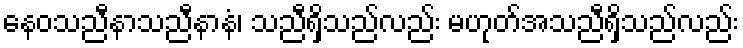
နေဝသညီနာသညီနာနံ၊ သညီရှိသည်လည်း မဟုတ်အသညီရှိသည်လည်း